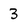
Character: 3